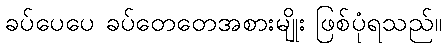
ခပ်ပေပေ ခပ်တေတေအစားမျိုး ဖြစ်ပုံရသည်။